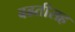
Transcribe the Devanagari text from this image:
बढतीसह